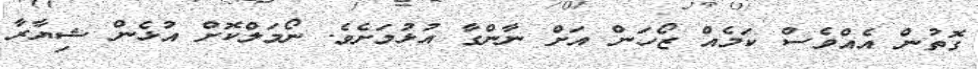
ގޮތުން އެއްވެސް ކަމެއް ޒޯހަން އަށް ނާންގާ އުޅުމަށެވެ. ނޯމަލްކޮށް އުޅެން ޝިޔާރާ